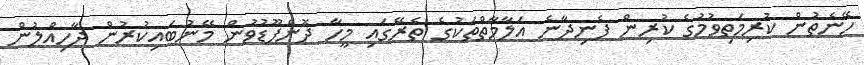
ހޭނެތުން ކުރިމަތިވުމުގެ ކުރިން ފެނިދާނެ އަލާމާތްތަކުގެ ތެރޭގައި މީހާ ދޮންފޫޑުވުން މޭނުބައިކުރުން ދާހިއްލުން